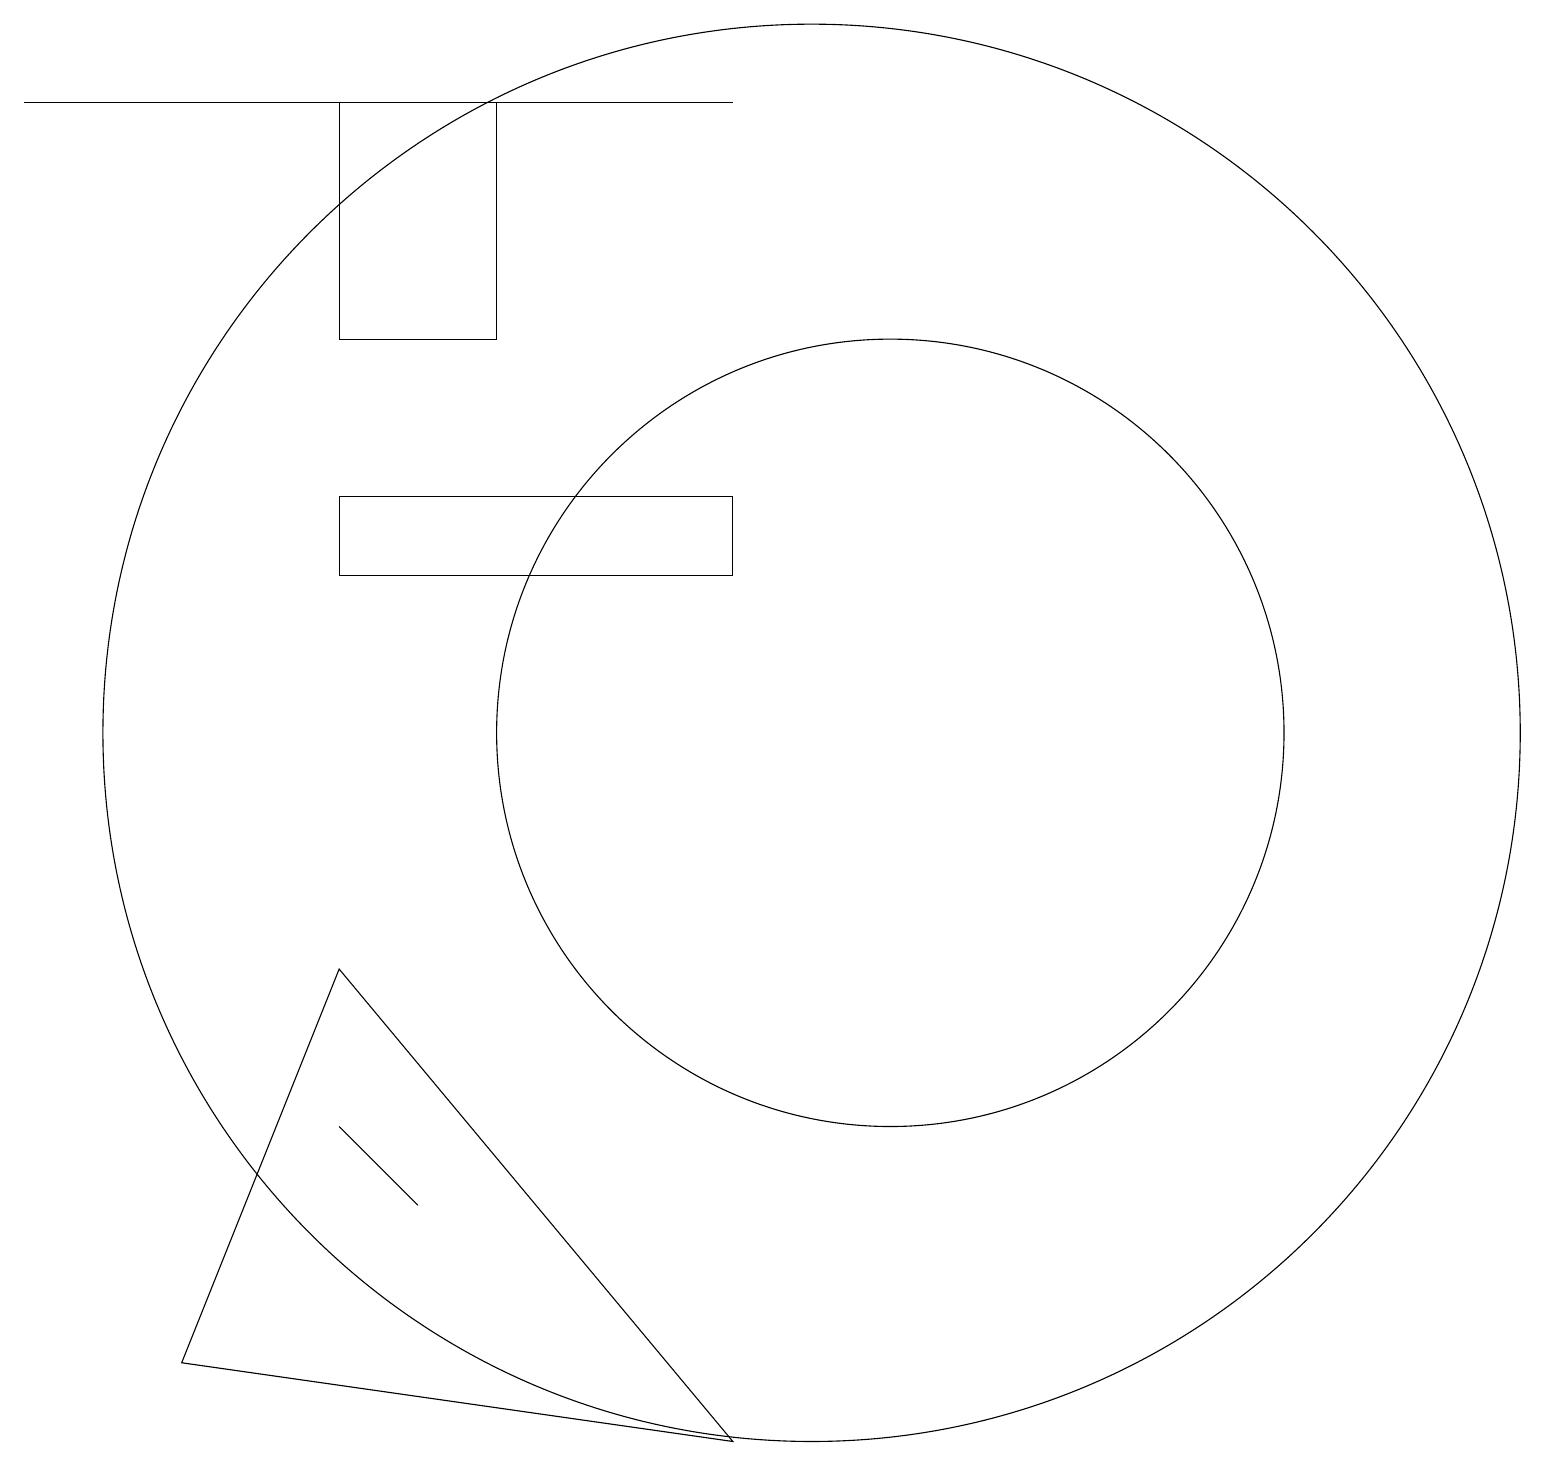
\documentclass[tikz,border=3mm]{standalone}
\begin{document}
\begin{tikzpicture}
\draw (10,11) circle (9);
\draw (11,11) circle (5);
\draw (4,19) rectangle (6,16);
\draw (9,19) rectangle (0,19);
\draw (4,14) rectangle (9,13);
\draw (4,6) -- (4,6) -- (5,5) -- cycle;
\draw (4,8) -- (2,3) -- (9,2) -- cycle;
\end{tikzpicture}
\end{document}